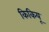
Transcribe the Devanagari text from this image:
किकियू